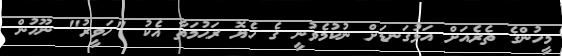
މީހުންގެ ތެރެއަށް އަޅުގަނޑަށް ނުކުމެވުނީ ގެ ހެޔޮ ރަޙުމަތާ އެކު "ހަވީރު" ނޫހުން